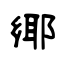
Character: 鄊